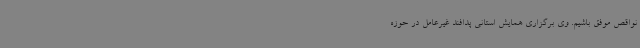
نواقص موفق باشیم. وی برگزاری همایش استانی پدافند غیرعامل در حوزه